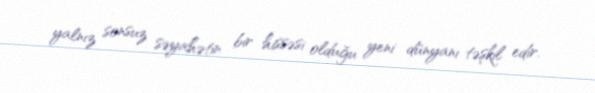
yalnız sonsuz səyahətin bir hissəsi olduğu yeni dünyanı təşkil edir.